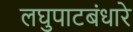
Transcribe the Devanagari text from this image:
लघुपाटबंधारे